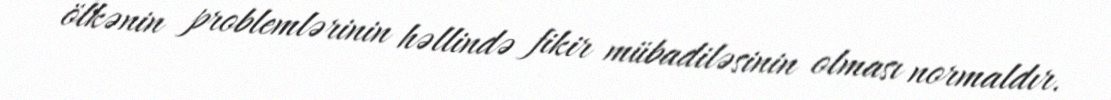
ölkənin problemlərinin həllində fikir mübadiləsinin olması normaldır.